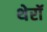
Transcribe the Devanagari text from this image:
थेरॉ